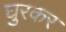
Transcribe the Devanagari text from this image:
घुरकर